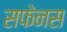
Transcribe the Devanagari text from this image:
सफेनस